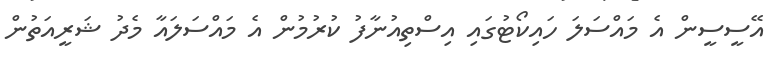
އޭސީސީން އެ މައްސަލަ ހައިކޯޓުގައި އިސްތިއުނާފު ކުރުމުން އެ މައްސަލައާ މެދު ޝަރީއަތުން